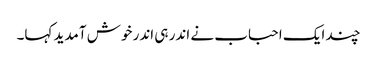
چند ایک احباب نے اندر ہی اندر خوش آمدید کہا۔